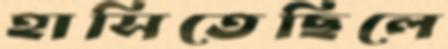
হাসিতেছিলে